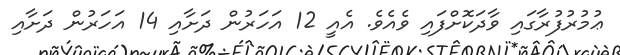
ޢުމުރުފުރާގައި ވާދަކޮށްފައި ވެއެވެ. އެއީ 12 އަހަރުން ދަށާއި 14 އަހަރުން ދަށާއި